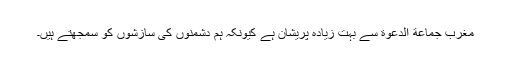
مغرب جماعة الدعوة سے بہت زیادہ پریشان ہے کیونکہ ہم دشمنوں کی سازشوں کو سمجھتے ہیں۔